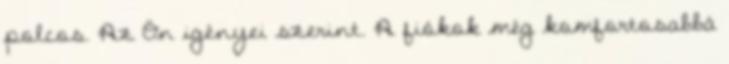
polcos. Az Ön igényei szerint. A fiókok még komfortosabbá